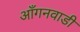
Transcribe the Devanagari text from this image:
आँगनवाडी